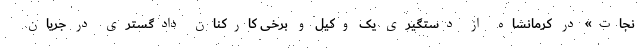
نجات» در کرمانشاه از دستگیری یک وکیل و برخی کارکنان دادگستری در جریان